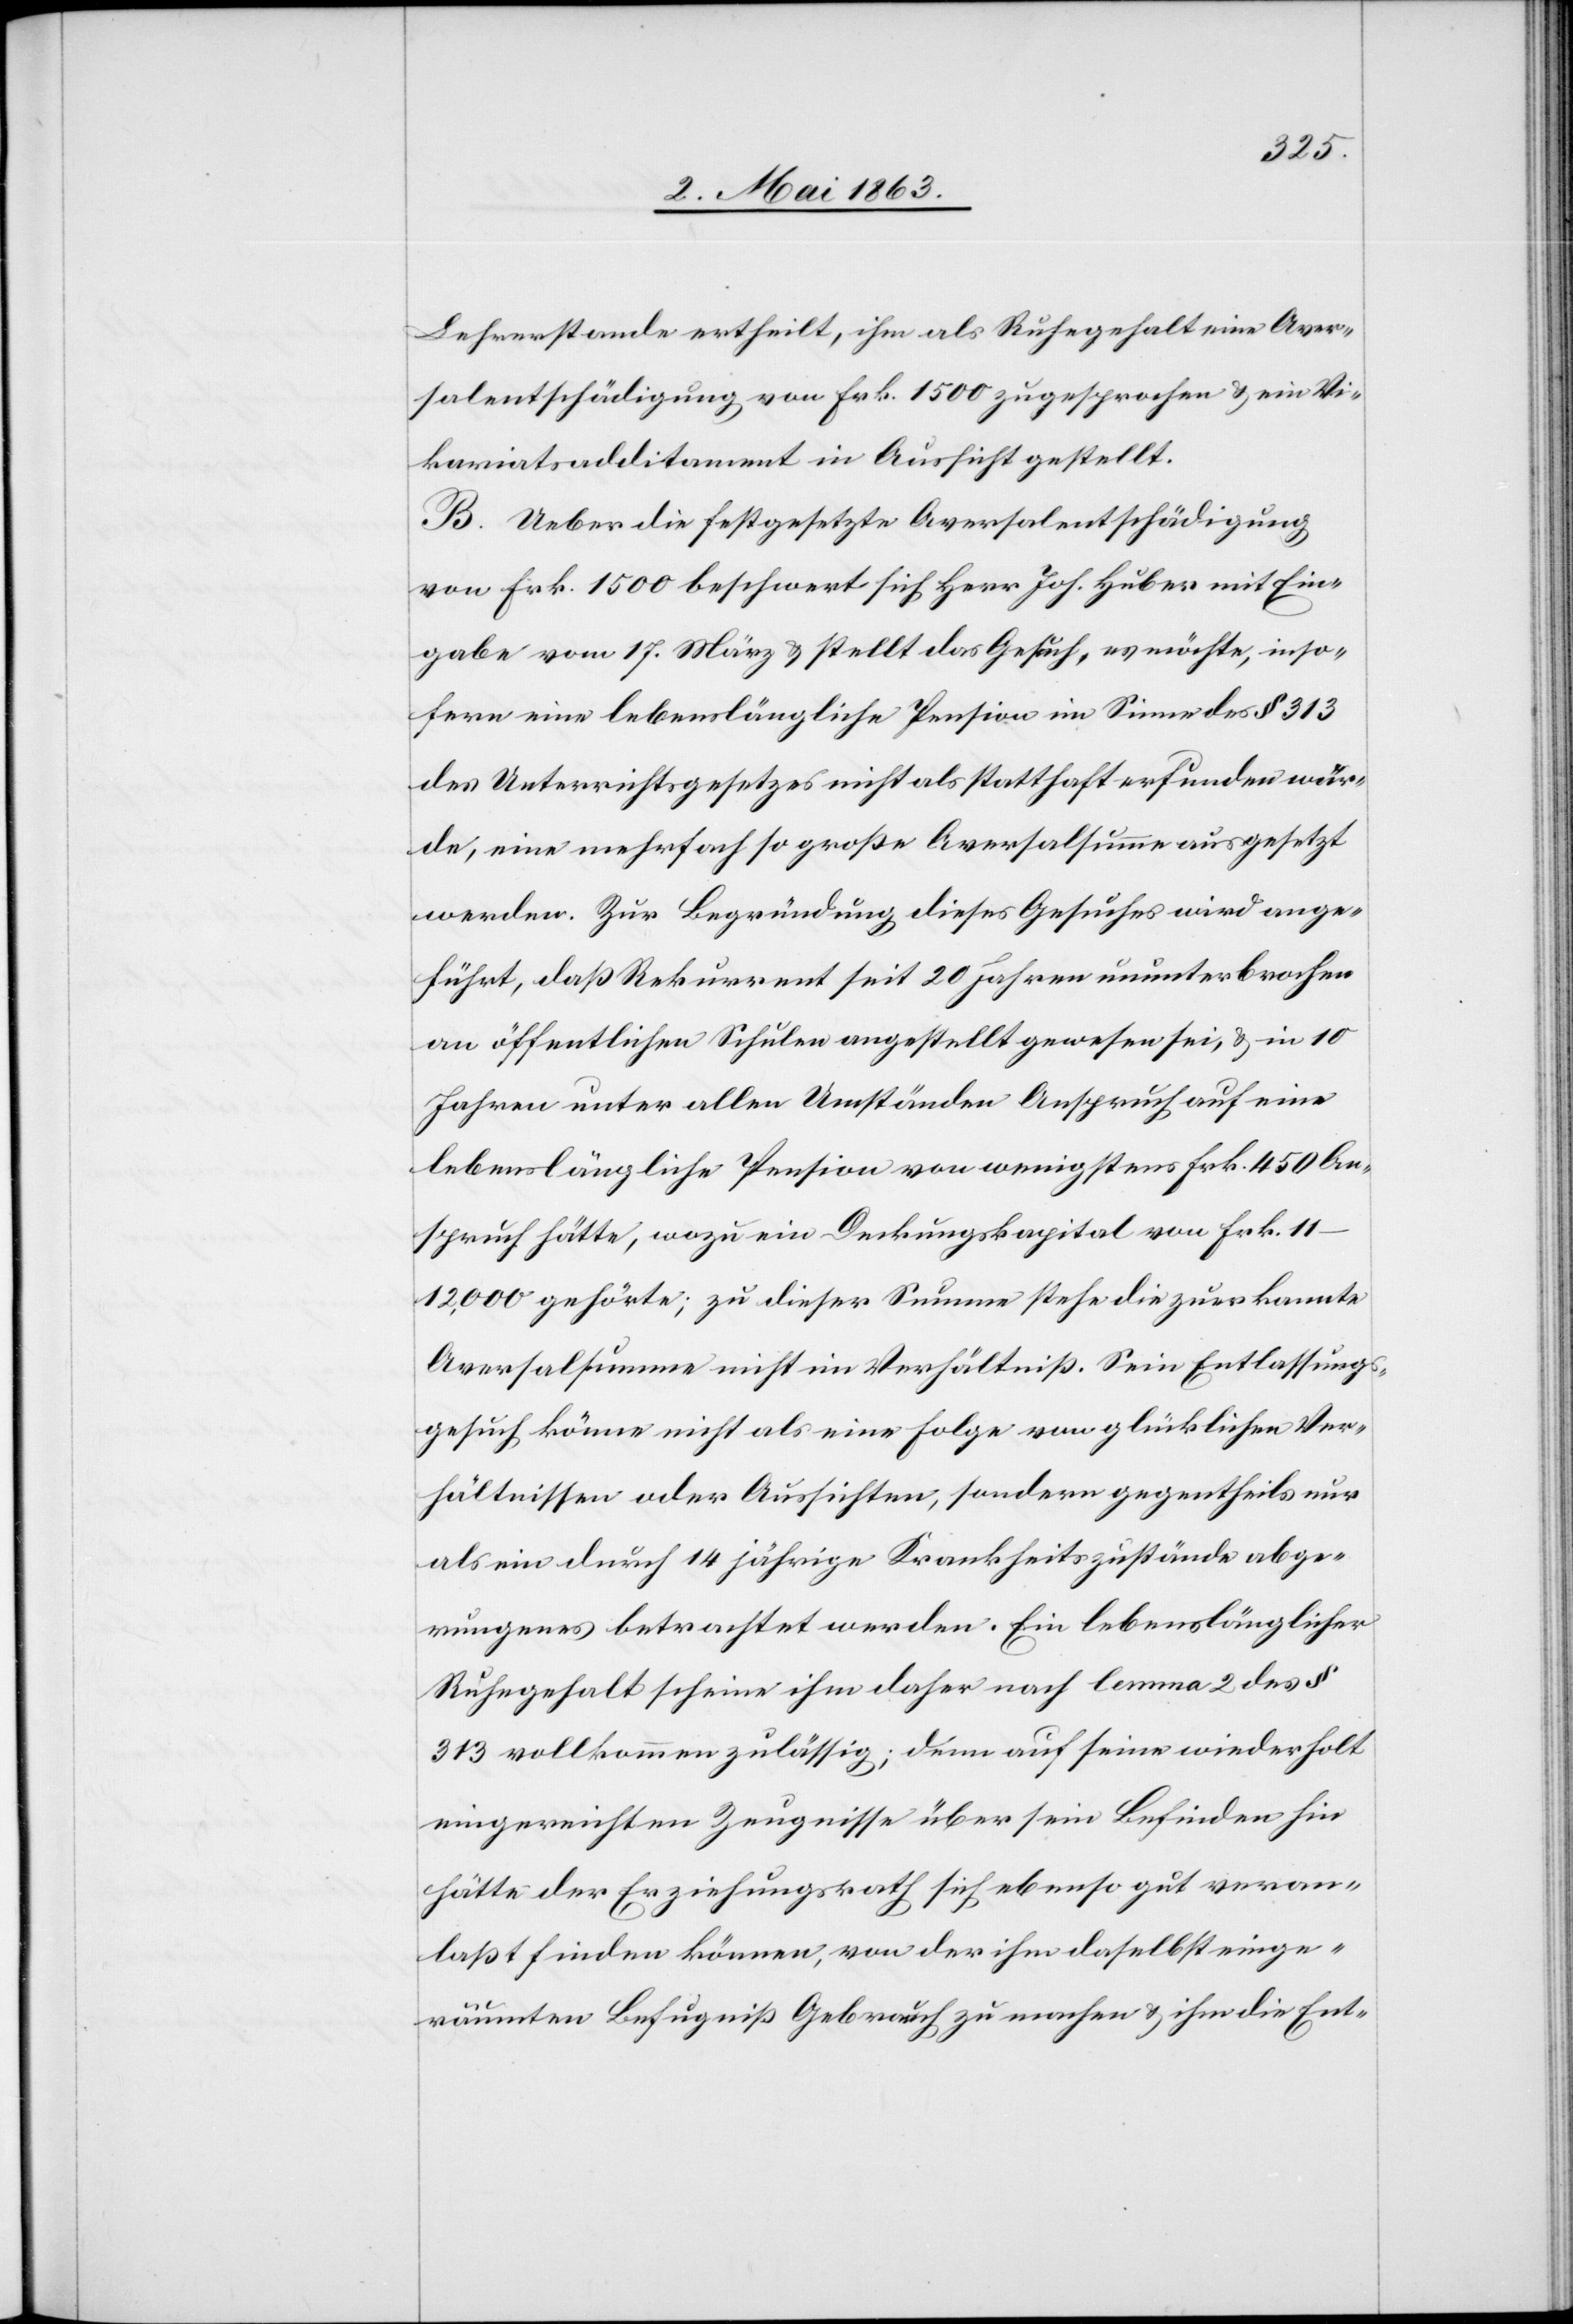
Lehrerstande ertheilt, ihm als Ruhegehalt eine Aver¬
salentschädigung von Frk. 1500 zugesprochen & ein Vi¬
kariatsadditament in Aussicht gestellt.
B. Ueber die festgesetzte Aversalentschädigung
von Frk. 1500 beschwert sich Herr Joh. Huber mit Ein¬
gabe vom 17. März & stellt das Gesuch, es möchte, inso¬
fern eine lebenslängliche Pension im Sinne des § 313
des Unterrichtsgesetzes nicht als statthaft erfunden wür¬
de, eine mehrfach so große Aversalsumme ausgesetzt
werden. Zur Begründung dieses Gesuches wird ange¬
führt, daß Rekurrent seit 20 Jahren ununterbrochen
an öffentlichen Schulen angestellt gewesen sei, & in 10
Jahren unter allen Umständen Anspruch auf eine
lebenslängliche Pension von wenigstens Frk. 450 An¬
spruch hätte, wozu ein Deckungskapital von Frk.
11–12,000 gehörte; zu dieser Summe stehe die zuerkannte
Aversalsumme nicht im Verhältniß. Sein Entlassungs¬
gesuch könne nicht als eine Folge von glücklichen Ver¬
hältnissen oder Aussichten, sondern gegentheils nur
als ein durch 14 jährige Krankheitszustände abge¬
rungenes betrachtet werden. Ein lebenslänglicher
Ruhegehalt scheine ihm daher nach lemma 2 des §
313 vollkommen zulässig; denn auf seine wiederholt
eingereichten Zeugnisse über sein Befinden hin
hätte der Erziehungsrath sich ebenso gut veran¬
laßt finden können, von der ihm daselbst einge¬
räumten Befugniß Gebrauch zu machen & ihm die Ent-